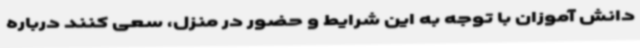
دانش آموزان با توجه به این شرایط و حضور در منزل، سعی کنند درباره